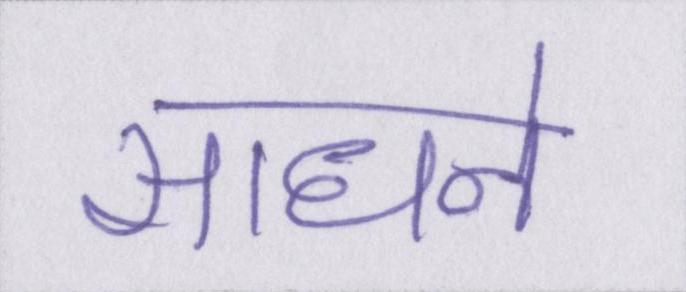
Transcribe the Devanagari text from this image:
साधने